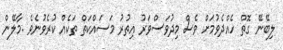
ލިބޭނޭ ގޮތް ހެއްދެވުމަށް ވެސް މިދުވަސްވަރު އިތުރު މަސައްކަތް ތަކެއް ކުރެވުނެވެ .މާލޭން